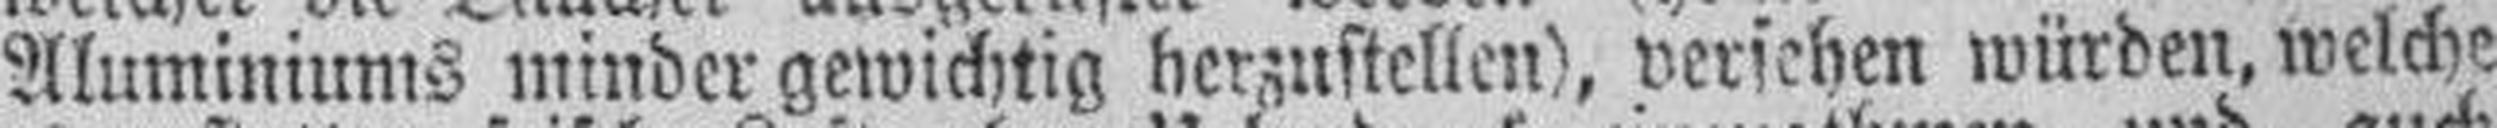
Aluminiums minder gewichtig herzustellen), versehen würden, welche